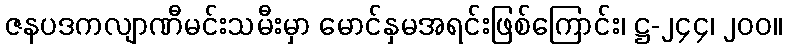
ဇနပဒကလျာဏီမင်းသမီးမှာ မောင်နှမအရင်းဖြစ်ကြောင်း၊ ဋ္ဌ-၂၄၄၊ ၂၀၀။